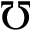
\mho